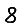
Digit: 8